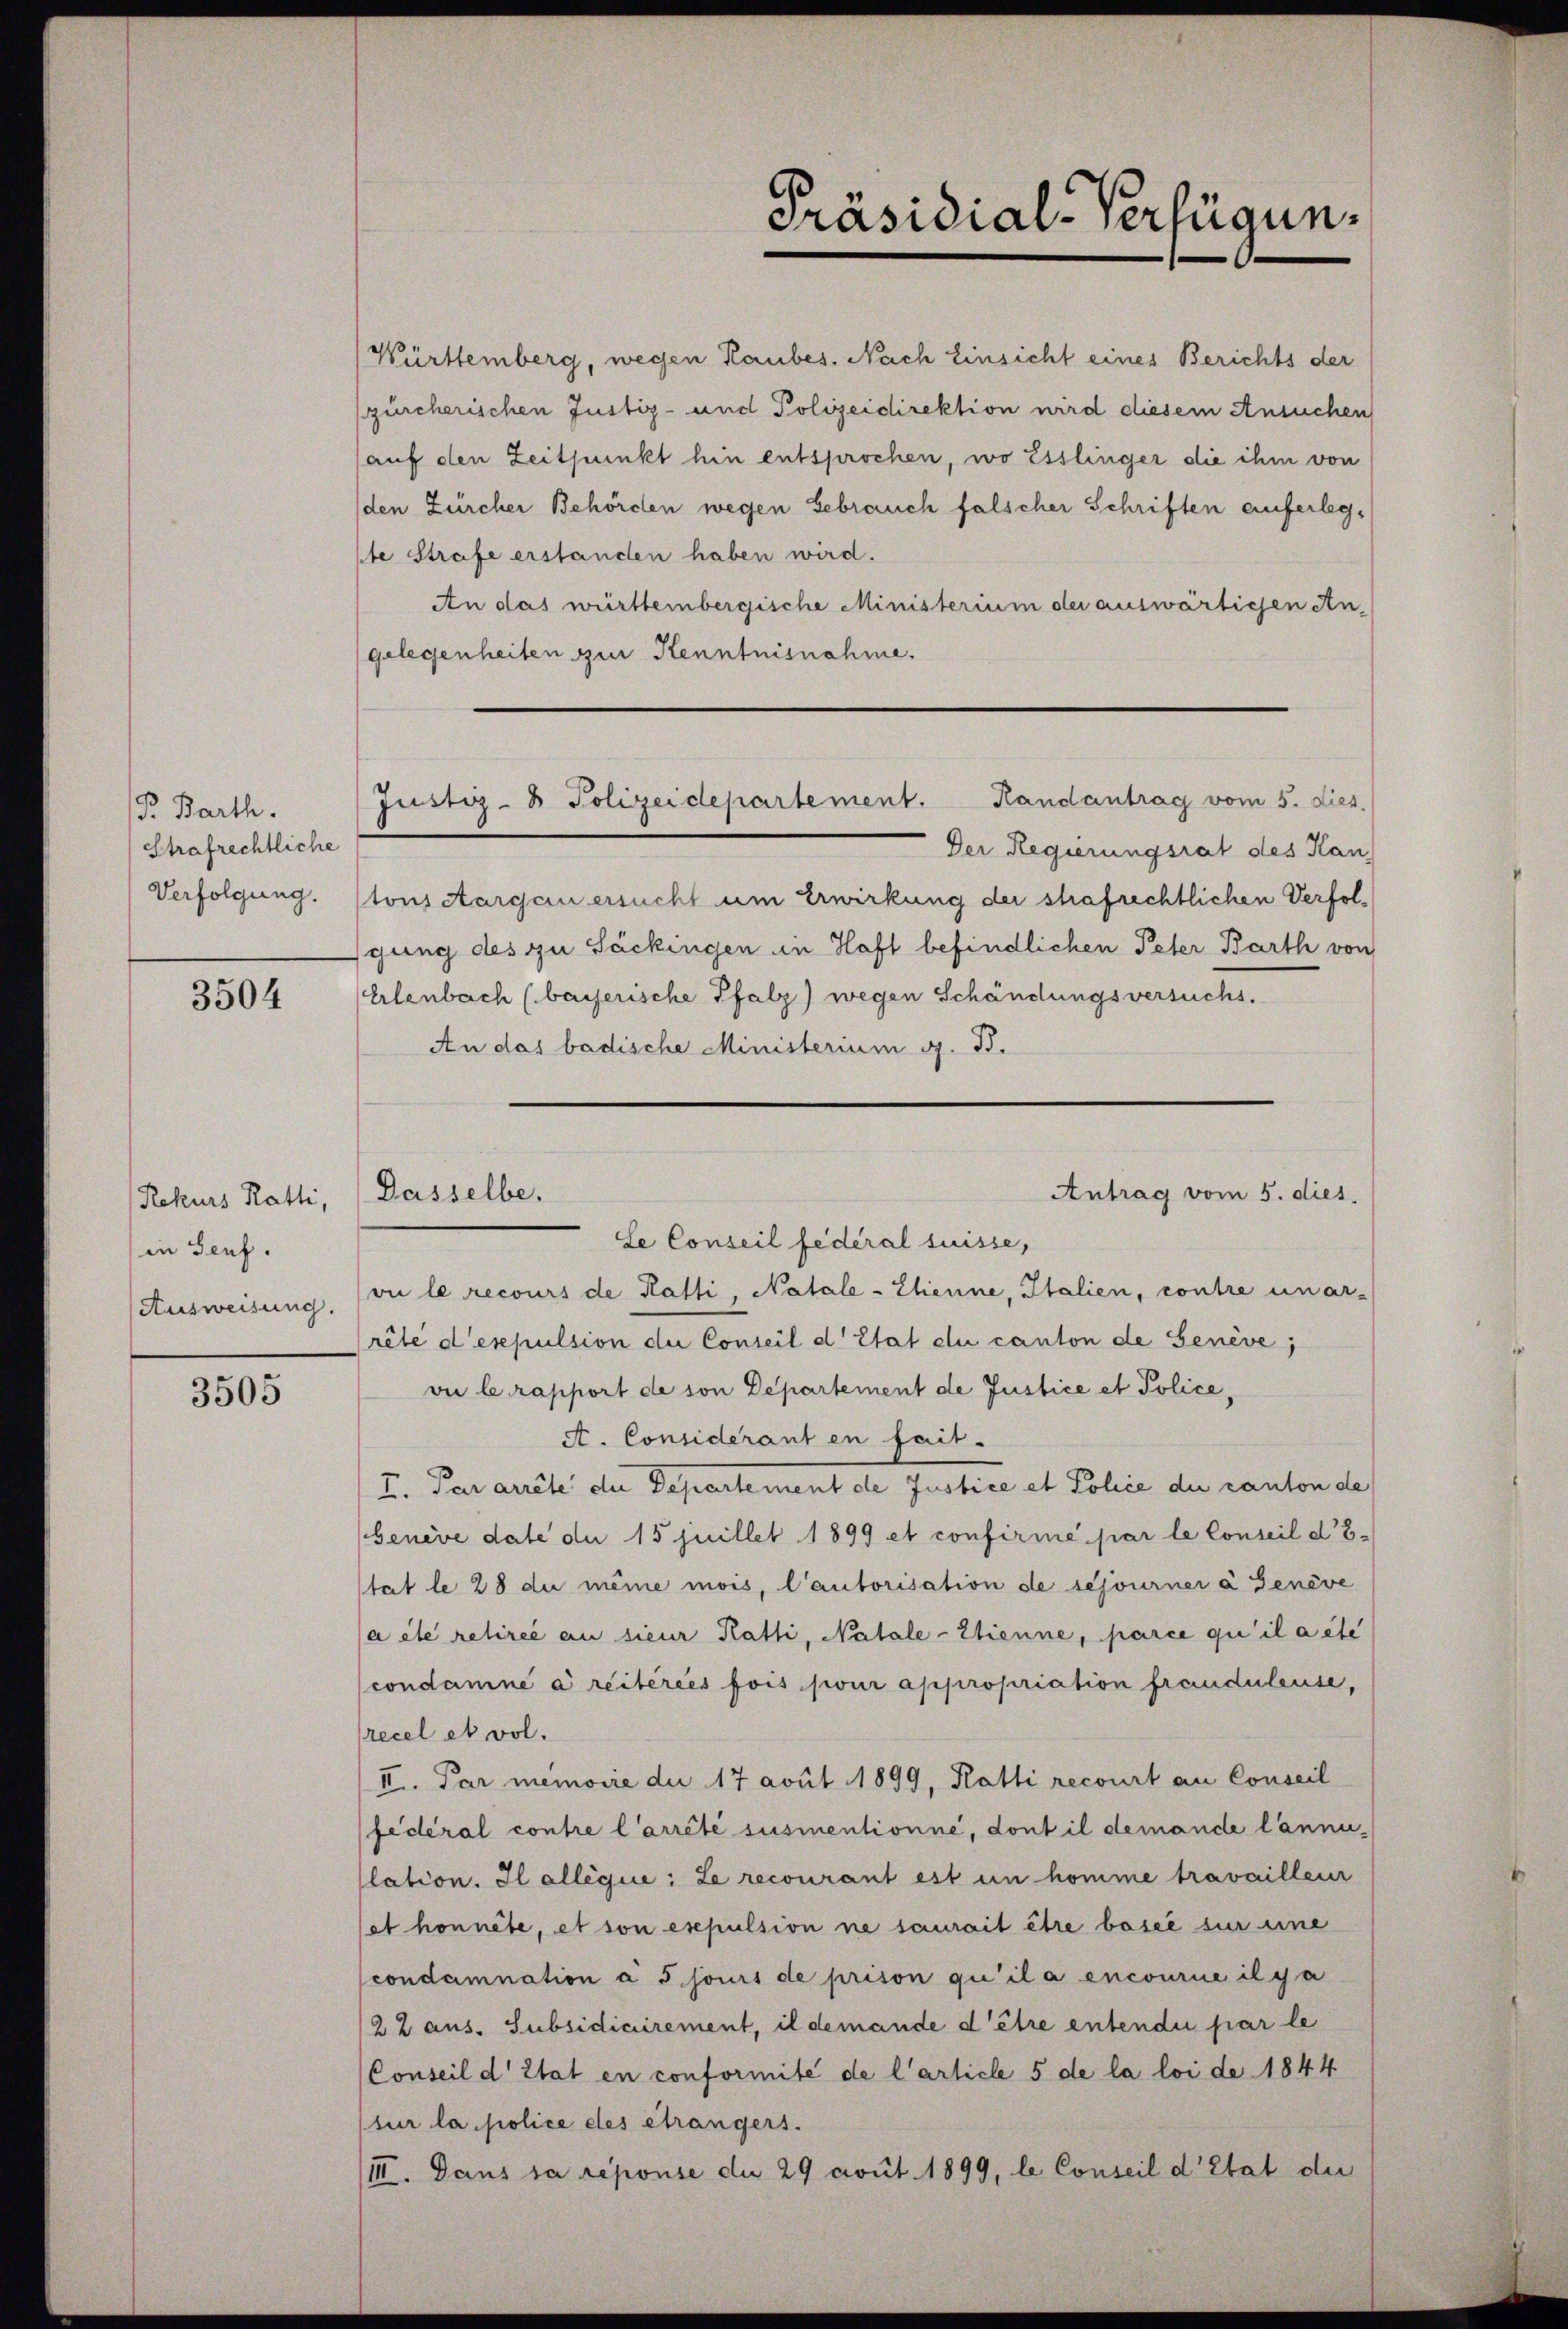
P. Barth.
Strafrechtliche
Verfolgung.

3504

Rekurs Ratti,
in Seuf.
Ausweisung.

3505

Württemberg, wegen Raubes. Nach Einsicht eines Berichts der
zürcherischen Justiz- und Polizeidirektion wird diesem Ansuchen
auf den Zeitpunkt hin entsprochen, wo Esslinger die ihm von
(den Zürcher Behörden wegen Gebrauch falscher Schriften auferlegte Strafe erstanden haben wird.
An das württeinbergische Ministerium der auswärtigen An-
gelegenheiten zur Kenntnisnahme.

Der Regierungsrat des Han
tons Aargau ersucht um Erwirkung der strafrechtlichen Verfollgung des zu Säckingen in Haft befindlichen Peter Barth von
Erlenbach (bayerische Pfalz) wegen Schändungsversuchs.
An das badische Ministerium i. B.

Justiz- & Polizeidepartement. Randantrag vom 5. dies.

Dasselbe.

Präsidial-Verfügun

Antrag vom 5. dies

Se Conseil fédéral suisse,
vie le recours de Kassi, Natale - Etienne, Italien, contre unar-
rête d’espulsion die Conseil d’Etat du canton de Genève,
vie le rapport de son Departement de Justice et Police,
A. Considerant en fait.
u. Par arite der Departement de Justice et Police der Canton des
benève date du 15 juillet 1899 et confirmé par le Conseil d. 8.
tat le 28 du même mois, Cautorisation de sejourner à Genève
a ele retirée au sieur Katti, Natale-Etienne, parce qu’il a éte
condamné à reitereis fois pour appropriation frauduleuse,
recel et vol.
II. Par memorie die 17 avut 1899, Katti recourt an Conseil
fédéral contre l’arrêté susmentionne, dont il demande lännulation. Il allegii: Le recourant est in homme travailleur
et honnête, et son expulsion ne saurait être basel sur eine
condamnation à 5 jours de prison qu’il a encourie il ga
22 aus. Subsidiairement, il demande d’être entendii par le
Conseil d’Etat en conformité de l’article 5 de la loi de 1844
sur la police des étrangers.
III. Dans sa réponse du 29 cout. 1899, le Conseil d’Etat der